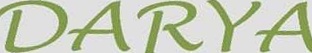
DARYA